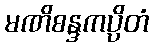
မဏိစန္ဒကပ္ပိတံ